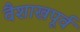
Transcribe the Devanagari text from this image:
वैशाखपूर्व